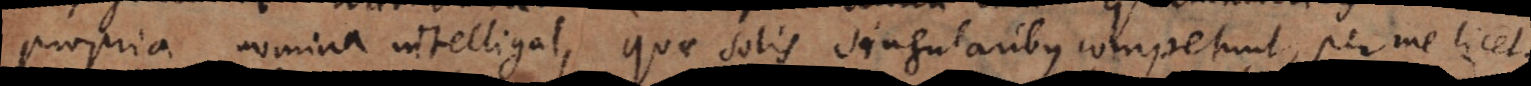
propria nomina intelligat, quae solis singularibus competunt, per me licet.